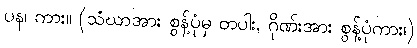
ပန၊ ကား။ (သံဃာအား စွန့်ပုံမှ တပါး, ဂိုဏ်းအား စွန့်ပုံကား၊)